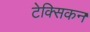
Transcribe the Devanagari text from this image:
टेक्सिकन